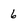
Character: 6